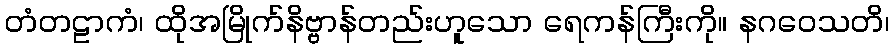
တံတဠာကံ၊ ထိုအမြိုက်နိဗ္ဗာန်တည်းဟူသော ရေကန်ကြီးကို။ နဂဝေသတိ၊